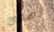
أهدئ